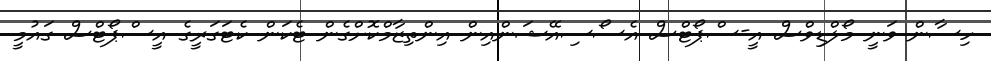
ހިސާން ވަނީ މޯލްޑިވްސް އީ-ސްޕޯޓްސް އެސޯސިއޭޝަންއިން އިންތިޒާމްކޮށްގެން ޓެކަން ކެޓަގަރީގެ އީސްޕޯޓްސް ގައުމީ